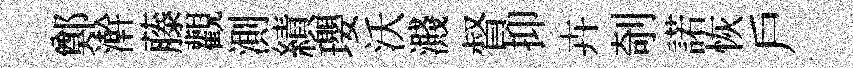
鄭澣藤觀測績瓔沃濺督抑卉剞諾恢戶